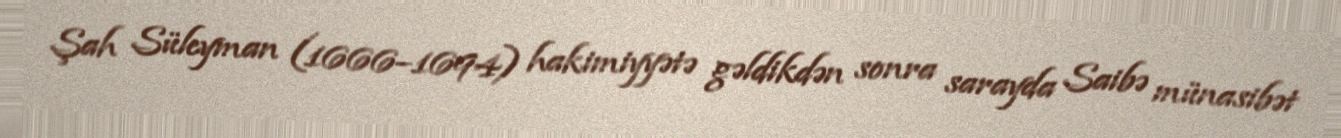
Şah Süleyman (1666–1694) hakimiyyətə gəldikdən sonra sarayda Saibə münasibət